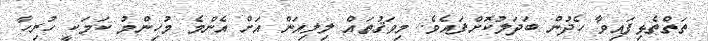
ތަތްތެޅިފައިވާ ހެދުން ބަދަލުކޮށްފައެވެ. މިވަޤުތައް ލިލިއަން އަށް އެންމެ މުހިންމު ކަމަކީ ހުރިހާ